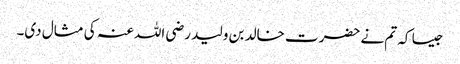
جیسا کہ تم نے حضرت خالد بن ولید رضی اللہ عنہ کی مثال دی۔